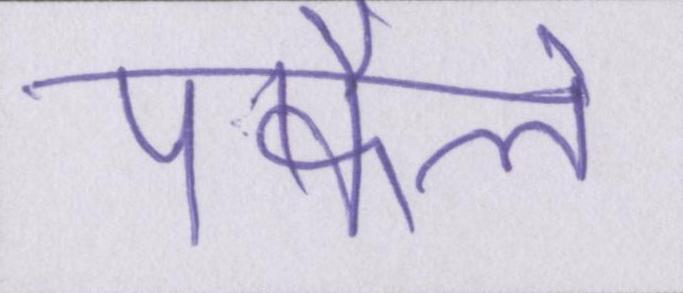
पफैले